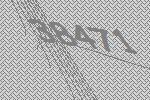
38471